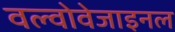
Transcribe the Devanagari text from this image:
वल्वोवेजाइनल